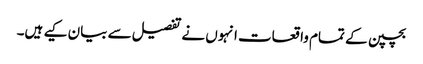
بچپن کے تمام واقعات انہوں نے تفصیل سے بیان کیے ہیں۔